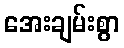
အေးချမ်းစွာ